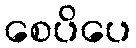
စေပိပေ